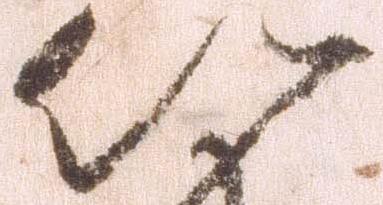
以